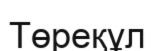
Төреқұл